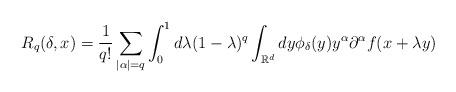
LaTeX: \begin{align*}R_{q}(\delta ,x)=\frac{1}{q!}\sum_{\left\vert \alpha \right\vert=q}\int_{0}^{1}d\lambda (1-\lambda )^{q}\int_{\mathbb{R}^{d}}dy\phi _{\delta}(y)y^{\alpha }\partial ^{\alpha }f(x+\lambda y)\end{align*}